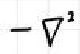
$-\nabla^{2}$